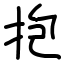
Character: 抱